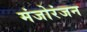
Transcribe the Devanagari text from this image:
मंजोरंजन